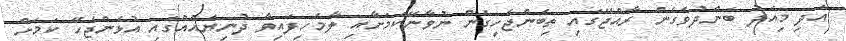
އަދި މިއަދު ބަންދުވެގެން ރާއްޖޭގައި ތިބެންޖެހިގެން ނުވާނޭކަމަށާއި ލާމެހިފައިވާ ދުނިޔެއެއްގައި އުޅެންޖެހޭ ކަމަށް